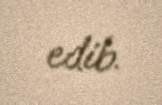
edib.